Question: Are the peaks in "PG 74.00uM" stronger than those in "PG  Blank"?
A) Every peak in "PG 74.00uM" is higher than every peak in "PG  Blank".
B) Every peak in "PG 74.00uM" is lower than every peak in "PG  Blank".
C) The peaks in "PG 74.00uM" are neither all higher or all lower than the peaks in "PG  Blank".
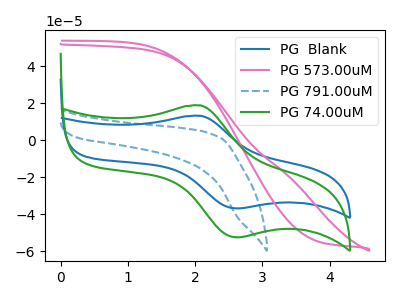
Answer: <think>The blue curve "PG  Blank" has an anodic peak at (2.10V, 13.20uA) and a cathodic peak at (2.65V, -36.90uA). The pink curve "PG 573.00uM" has no peaks. The blue dashed curve "PG 791.00uM" has no peaks. The green curve "PG 74.00uM" has an anodic peak at (2.10V, 18.85uA) and a cathodic peak at (2.65V, -52.55uA).</think>
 <answer>A) Every peak in "PG 74.00uM" is higher than every peak in "PG  Blank".</answer>
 <eval>A</eval>